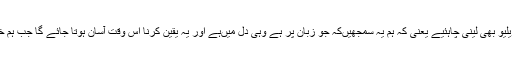
شائد ہمیں‌کبھی فیس ویلیو بھی لینی چاہئیے یعنی کہ ہم یہ سمجھیں‌کہ جو زبان پر ہے وہی دل میں‌ہے اور یہ یقین کرنا اس وقت آسان ہوتا جائے گا جب ہم خود بھی ایسا ہی کریں۔